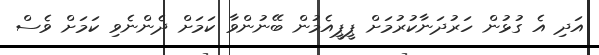
އަދި އެ ގުޅުން ހަރުދަނާކުރުމަށް ޕީޕީއެމުން ބޭނުންވާ ކަމަށް ދެންނެވި ކަމަށް ވެސް